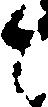
と